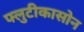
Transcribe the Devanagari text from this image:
फ्लुटीकासोन